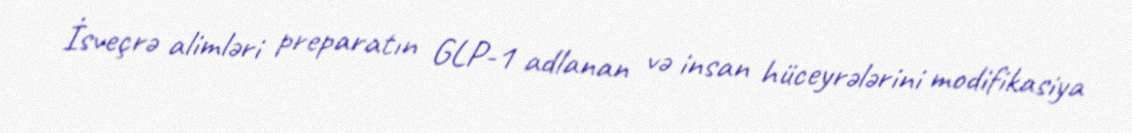
İsveçrə alimləri preparatın GLP-1 adlanan və insan hüceyrələrini modifikasiya